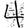
Digit: 4